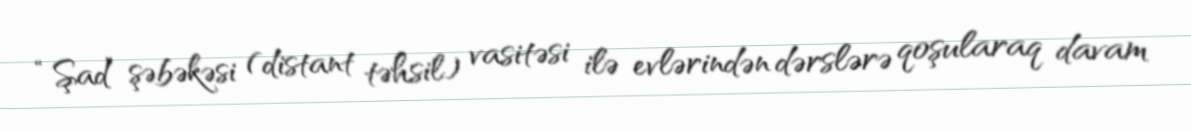
“Şad” şəbəkəsi (distant təhsil) vasitəsi ilə evlərindən dərslərə qoşularaq davam